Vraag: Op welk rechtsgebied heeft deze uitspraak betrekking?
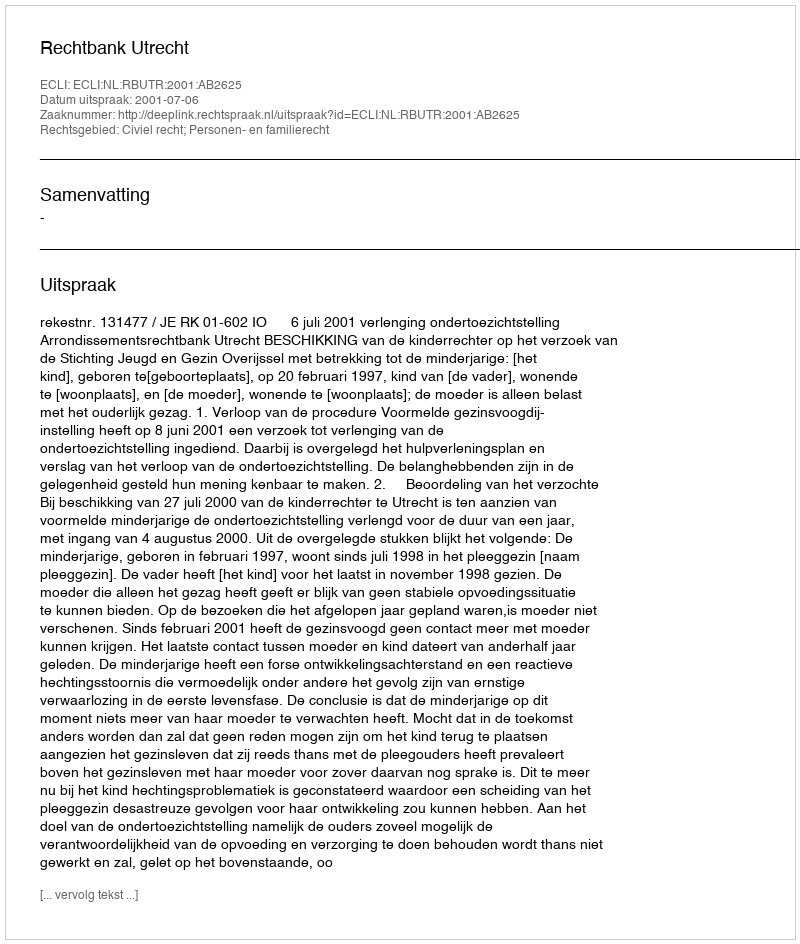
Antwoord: Civiel recht; Personen- en familierecht